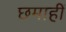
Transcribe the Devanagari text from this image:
छमाहीं